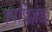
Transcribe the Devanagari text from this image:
इमप्रिज़ंड